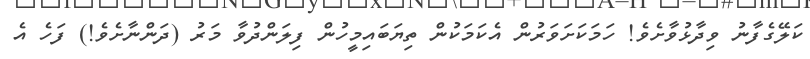
ކަލޭގެފާނު ވިދާޅުވާށެވެ! ހަމަކަށަވަރުން އެކަމަކުން ތިޔަބައިމީހުން ފިލަންދުވާ މަރު (ދަންނާށެވެ!) ފަހެ އެ